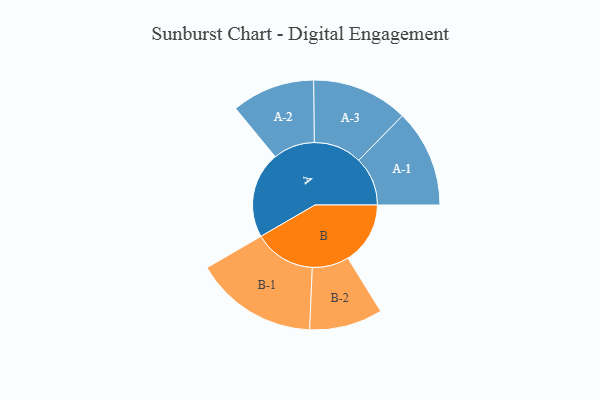
{"axis": {"x": "Segment", "y": "Value"}, "legend": ["", "A", "B"], "data": [{"x": "A", "y": 403, "type": ""}, {"x": "B", "y": 291, "type": ""}, {"x": "A-1", "y": 228, "type": "A"}, {"x": "A-2", "y": 194, "type": "A"}, {"x": "A-3", "y": 225, "type": "A"}, {"x": "B-1", "y": 287, "type": "B"}, {"x": "B-2", "y": 171, "type": "B"}]}